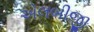
એલબીજી